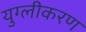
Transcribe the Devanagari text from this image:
युग्लीकरण